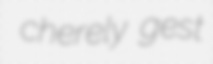
cherely gest